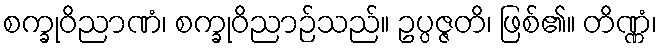
စက္ခုဝိညာဏံ၊ စက္ခုဝိညာဉ်သည်။ ဥပ္ပဇ္ဇတိ၊ ဖြစ်၏။ တိဏ္ဏံ၊